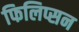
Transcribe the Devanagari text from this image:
फिलिप्सन